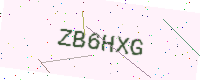
Text: ZB6HXG